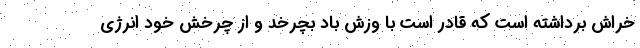
خراش برداشته است که قادر است با وزش باد بچرخد و از چرخش خود انرژی